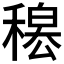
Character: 𥡊